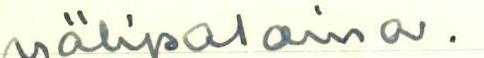
välipaloina.